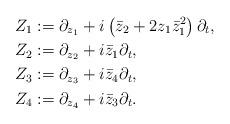
LaTeX: \begin{align*} Z_1 & := \partial_{z_1} + i\left(\bar z_2 + 2z_1\bar z_1^2\right)\partial_t, \\ Z_2 & := \partial_{z_2} + i\bar z_1\partial_t, \\ Z_3 & := \partial_{z_3} + i\bar z_4\partial_t, \\ Z_4 & := \partial_{z_4} + i\bar z_3\partial_t .\end{align*}